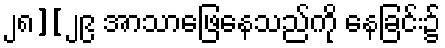
၂၈][၂၉ အာသာဖြေနေသည်ကို နေခြင်း၌